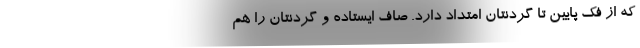
که از فک پایین تا گردنتان امتداد دارد. صاف ایستاده و گردنتان را هم